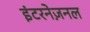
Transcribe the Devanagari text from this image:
इंटरनेज़नल